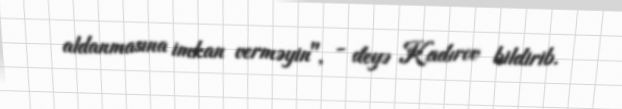
aldanmasına imkan verməyin", - deyə Kadırov bildirib.